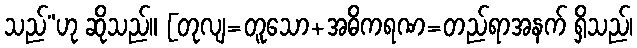
သည်”ဟု ဆိုသည်။ [တုလျ=တူသော+အဓိကရဏ=တည်ရာအနက် ရှိသည်၊